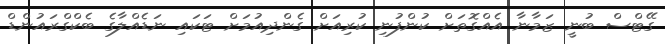
ގޭޓްސް ބުނީ ޒަމާނާ އެއްގޮތަށް ކުންފުނި ކުރިއަށް ގެންދިއުމަށް ޓަކައި ނަޑެއްލާގެ ބެކްގްރައުންޑް